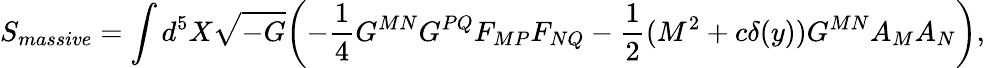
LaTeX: S_{massive}=\int d^{5}X\sqrt{-G}\biggl(-\frac{1}{4}G^{MN}G^{PQ}F_{MP}F_{NQ}-\frac{1}{2}(M^{2}+c\delta(y))G^{MN}A_{M}A_{N}\biggr),